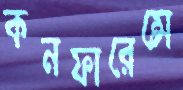
কনফারেন্সে